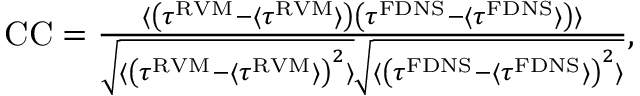
\begin{array} { r } { \mathrm { C C } = \frac { \langle \left( \tau ^ { \mathrm { R V M } } - \langle \tau ^ { \mathrm { R V M } } \rangle \right) \left( \tau ^ { \mathrm { F D N S } } - \langle \tau ^ { \mathrm { F D N S } } \rangle \right) \rangle } { \sqrt { \langle \left( \tau ^ { \mathrm { R V M } } - \langle \tau ^ { \mathrm { R V M } } \rangle \right) ^ { 2 } \rangle } \sqrt { \langle \left( \tau ^ { \mathrm { F D N S } } - \langle \tau ^ { \mathrm { F D N S } } \rangle \right) ^ { 2 } \rangle } } , } \end{array}